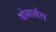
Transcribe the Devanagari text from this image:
बोनासेरा